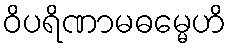
ဝိပရိဏာမဓမ္မေဟိ